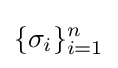
\{\sigma _{i}\}_{i=1}^{n}